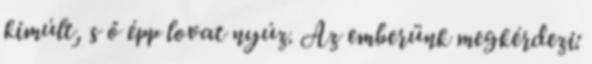
kimúlt, s ő épp lovat nyúz. Az emberünk megkérdezi: